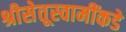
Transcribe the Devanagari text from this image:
श्रीसेतूस्वामींकडे